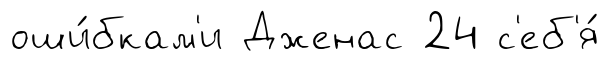
оши́бкам'и Дженас 24 с'еб'я́